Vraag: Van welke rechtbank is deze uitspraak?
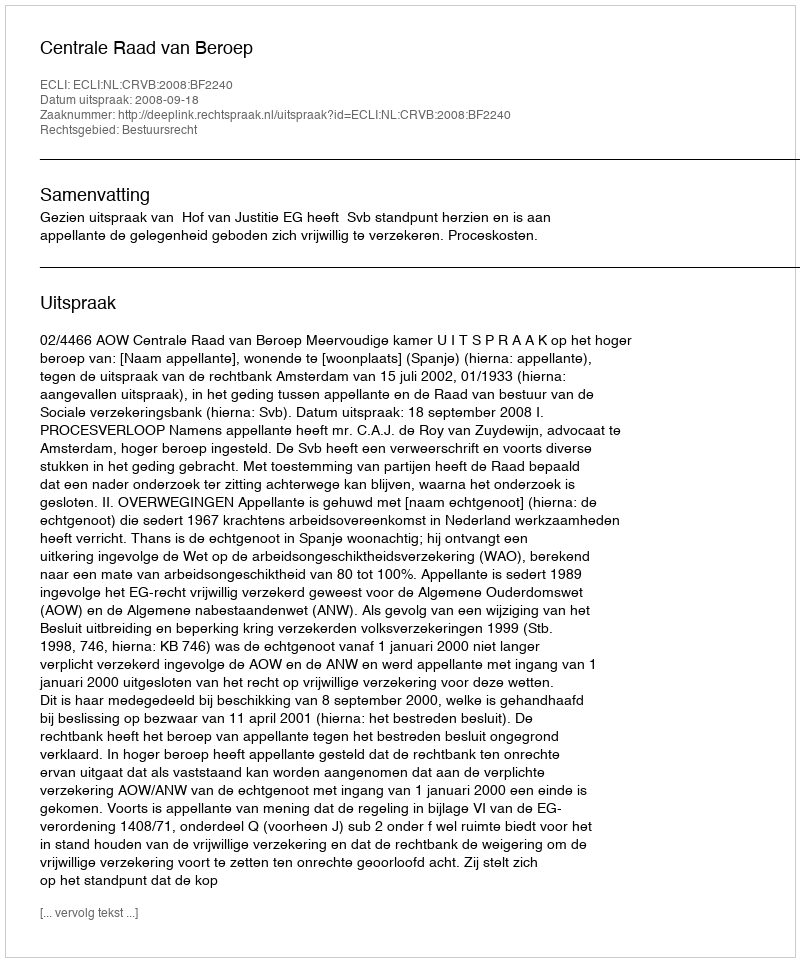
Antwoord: Centrale Raad van Beroep